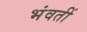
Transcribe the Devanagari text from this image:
भंवतीं